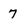
Character: 7